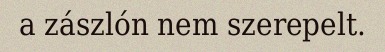
a zászlón nem szerepelt.